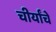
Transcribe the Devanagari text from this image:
चीर्यांचे